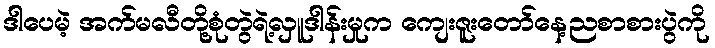
ဒါပေမဲ့ အက်မလီတို့စုံတွဲရဲ့လှူဒါန်းမှုက ကျေးဇူးတော်နေ့ညစာစားပွဲကို